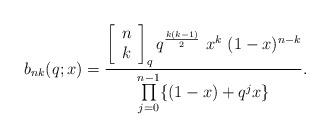
LaTeX: \begin{align*}b_{nk}(q;x)=\frac{\left[\begin{array}{c}n \\k\end{array}\right] _{q} q^{\frac{k(k-1)}{2}}~x^{k}~(1-x)^{n-k}}{\prod\limits_{j=0}^{n-1}\{(1-x)+q^{j} x\}}.\end{align*}